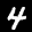
Label: 4